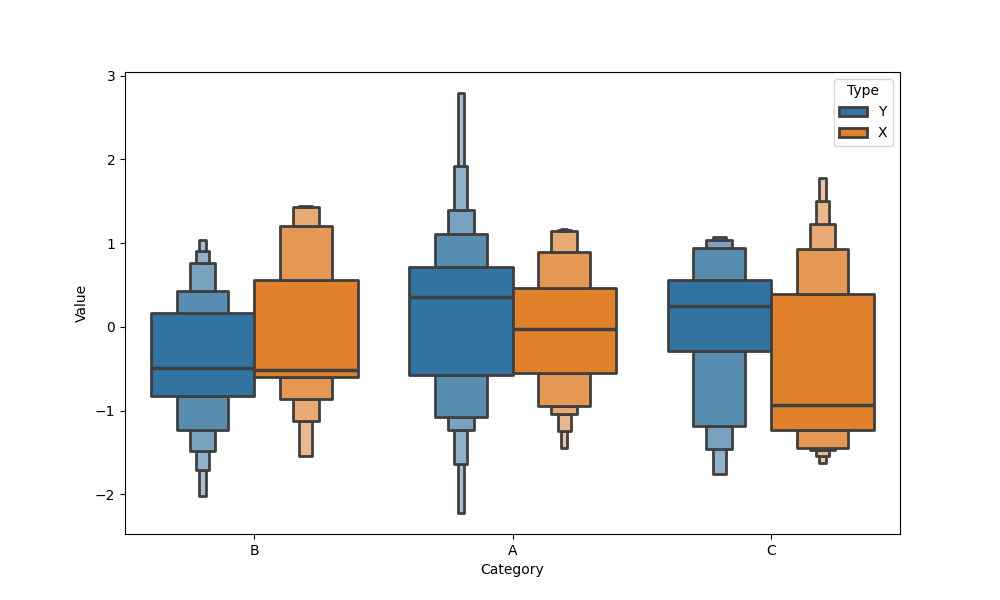
python, seaborn, boxenplot, k_depth='full', linewidth=2, scale='exponential', outlier_prop=0.1, showfliers=True